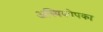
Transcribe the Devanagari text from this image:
अस्थिकोपका